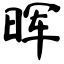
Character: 晖